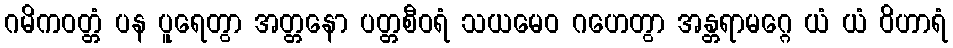
ဂမိကဝတ္တံ ပန ပူရေတွာ အတ္တနော ပတ္တစီဝရံ သယမေဝ ဂဟေတွာ အန္တရာမဂ္ဂေ ယံ ယံ ဝိဟာရံ